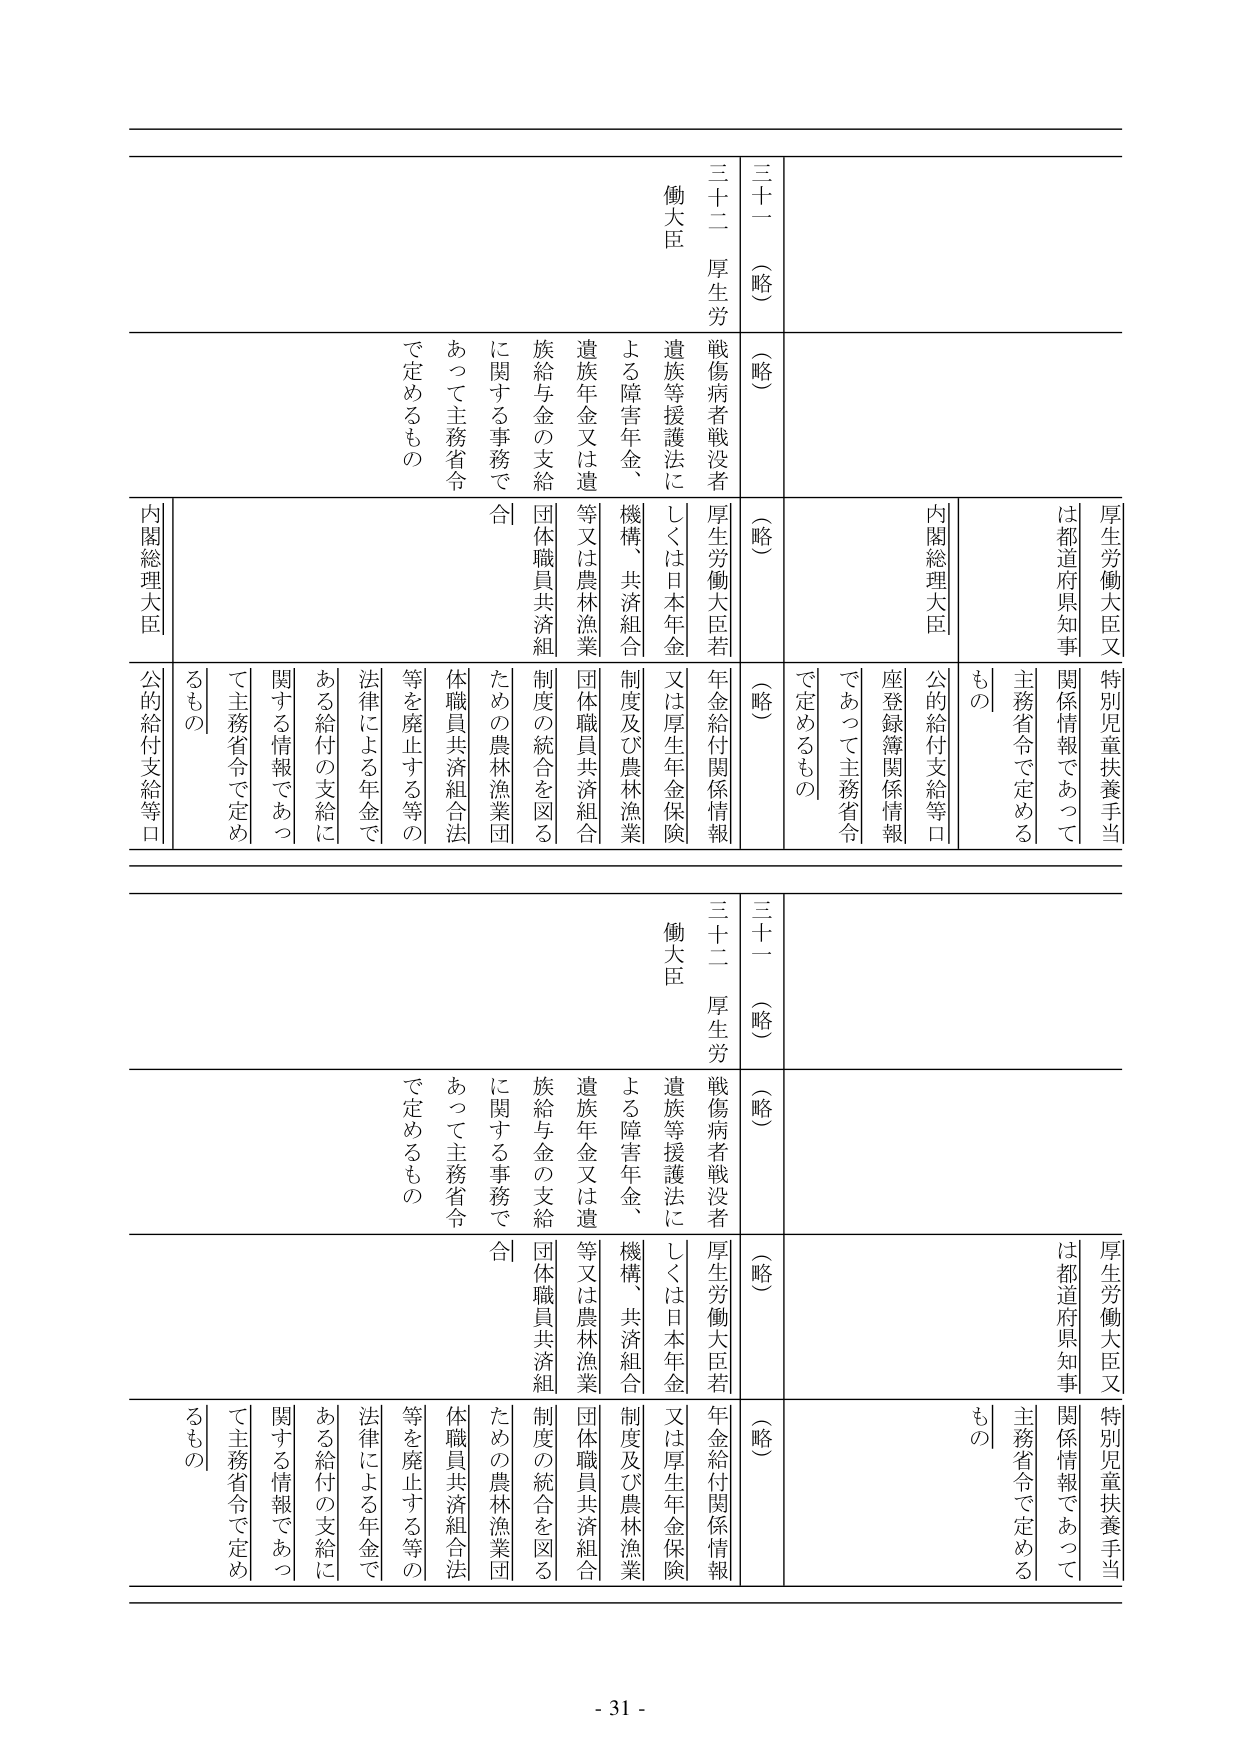
三十一（略）
三十二 厚生労働大臣
戦傷病者戦没者遺族等援護法に
よる障害年金、機構、共済組合
遺族年金又は遺族給与金の支給
に関する事務であって主務省令
で定めるもの

（略）
（略）
厚生労働大臣又は都道府県知事
特別児童扶養手当関係情報であって
主務省令で定めるもの
内閣総理大臣
公的給付支給等口座登録簿関係情報
であって主務省令で定めるもの

三十一（略）
三十二 厚生労働大臣
戦傷病者戦没者遺族等援護法に
よる障害年金、機構、共済組合
遺族年金又は遺族給与金の支給
に関する事務であって主務省令
で定めるもの

（略）
（略）
厚生労働大臣又は都道府県知事
特別児童扶養手当関係情報であって
主務省令で定めるもの
内閣総理大臣
公的給付支給等口座登録簿関係情報
であって主務省令で定めるもの

- 31 -